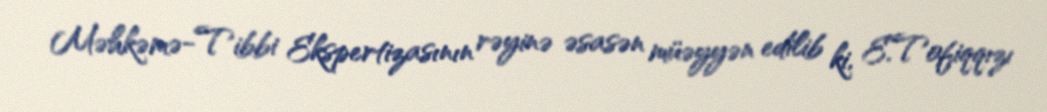
Məhkəmə-Tibbi Ekspertizasının rəyinə əsasən müəyyən edilib ki, E.Tofiqqızı